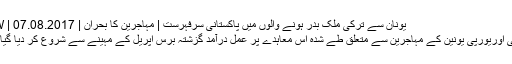
یونان سے ترکی ملک بدر ہونے والوں میں پاکستانی سرفہرست | مہاجرین کا بحران | DW | 07.08.2017
ترکی اوریورپی یونین کے مہاجرین سے متعلق طے شدہ اس معاہدے پر عمل درآمد گزشتہ برس اپریل کے مہینے سے شروع کر دیا گیا تھا۔